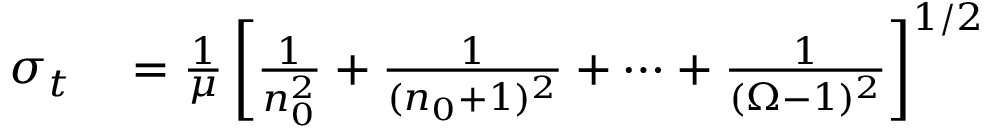
\begin{array} { r l } { \sigma _ { t } } & { { } = \frac { 1 } { \mu } \left[ \frac { 1 } { n _ { 0 } ^ { 2 } } + \frac { 1 } { ( n _ { 0 } + 1 ) ^ { 2 } } + \cdots + \frac { 1 } { ( \Omega - 1 ) ^ { 2 } } \right] ^ { 1 / 2 } } \end{array}